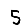
Digit: 5